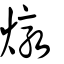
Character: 燉